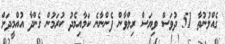
ގެއްލުނުތާ 51 ދުވަސް ވިޔަސް ރިލްވާން ފެންނާނެ ކަމާއިމެދު ކުރަމުން ގެންދާ އުއްމީދަށް